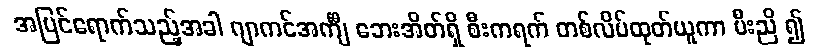
အပြင်ရောက်သည့်အခါ ဂျာကင်အင်္ကျီ ဘေးအိတ်ရှိ စီးကရက် တစ်လိပ်ထုတ်ယူကာ မီးညိ ၍